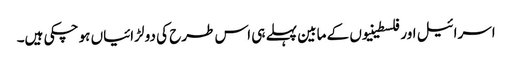
اسرائیل اور فلسطینیوں کے مابین پہلے ہی اس طرح کی دو لڑائیاں ہو چکی ہیں۔